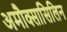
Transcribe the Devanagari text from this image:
अमौक्सासिलिन